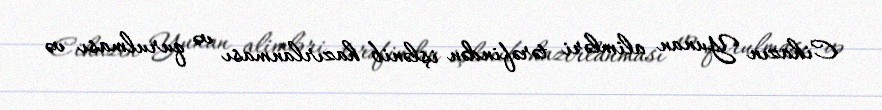
Cihazın Yunan alimləri tərəfindən işlənib hazırlanması və qurulması və